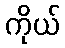
ကိုယ်